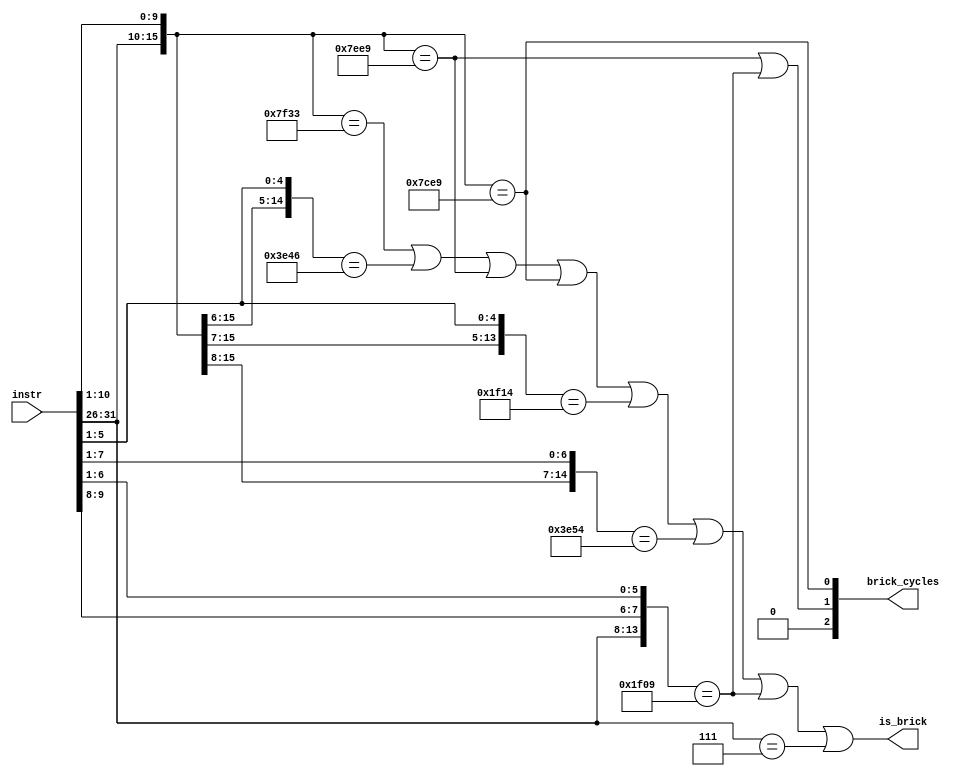
//  IBM Corp. 2020
// Licensed under the Apache License, Version 2.0 (the "License"), as modified by
// the terms below; you may not use the files in this repository except in
// compliance with the License as modified.
// You may obtain a copy of the License at http://www.apache.org/licenses/LICENSE-2.0
//
// Modified Terms:
//
//    1) For the purpose of the patent license granted to you in Section 3 of the
//    License, the "Work" hereby includes implementations of the work of authorship
//    in physical form.
//
//    2) Notwithstanding any terms to the contrary in the License, any licenses
//    necessary for implementation of the Work that are available from OpenPOWER
//    via the Power ISA End User License Agreement (EULA) are explicitly excluded
//    hereunder, and may be obtained from OpenPOWER under the terms and conditions
//    of the EULA.  
//
// Unless required by applicable law or agreed to in writing, the reference design
// distributed under the License is distributed on an "AS IS" BASIS, WITHOUT
// WARRANTIES OR CONDITIONS OF ANY KIND, either express or implied. See the License
// for the specific language governing permissions and limitations under the License.
// 
// Additional rights, including the ability to physically implement a softcore that
// is compliant with the required sections of the Power ISA Specification, are
// available at no cost under the terms of the OpenPOWER Power ISA EULA, which can be
// obtained (along with the Power ISA) here: https://openpowerfoundation.org. 

`timescale 1 ns / 1 ns

// VHDL 1076 Macro Expander C version 07/11/00
// job was run on Tue Mar 29 10:19:33 2011

//***************************************************************************************************
//*
//* TITLE:
//*
//* NAME: rv_decode.vhdl
//*
//***************************************************************************************************
module rv_decode(
   instr,
   is_brick,
   brick_cycles
);
   input [0:31] instr;

   output       is_brick;
   output [0:2] brick_cycles;
   //@@  Signal Declarations
   wire [1:8]   RV_INSTRUCTION_DECODER_PT;
   wire [0:5]   instr_0_5;
   wire [0:10]  instr_21_31;
   (* analysis_not_referenced="true" *)
   wire 	unused;

   assign unused = |instr[6:20] | instr_21_31[10];

   //@@ START OF EXECUTABLE CODE FOR RTL

   assign instr_0_5 = instr[0:5];
   assign instr_21_31 = instr[21:31];

//table_start
//?TABLE rv_instruction_decoder LISTING(final) OPTIMIZE PARMS(ON-SET);
//*INPUTS*===============*OUTPUTS*==========*
//|                      |                  |
//| instr_0_5            | is_brick         |
//| |      instr_21_31   | | brick_cycles   |
//| |      |             | | |              |
//| |      |             | | |              |
//| |      |             | | |              |
//| |      |             | | |              |
//| |      |             | | |              |
//| |      |             | | |              |
//| |      |             | | |              |
//| |      |             | | |              |
//| |      |             | | |              |
//| |      |             | | |              |
//| |      |             | | |              |
//| |      |             | | |              |
//| |      |         1   | | |              |
//| 012345 01234567890   | | 012            |
//*TYPE*=================+==================+
//| SSSSSS SSSSSSSSSSS   | P PPP            | INSTR
//*TERMS*=*=*============+==================+
//| 000111 ...........   | 1 000            | mulli   2
//| 011111 0011101001.   | 1 001            | mulld   3
//| 011111 1011101001.   | 1 010            | mulldo  4
//| 011111 .001001001.   | 1 010            | mulhd   4
//| 011111 .000001001.   | 1 010            | mulhdu  4
//| 011111 1100110011.   | 1 000            | erativax 2
//| 011111 0011010100.   | 1 000            | ldawx
//| 011111 0010100110.   | 1 000            | dcbtls
//| 011111 0010000110.   | 1 000            | dcbtstls
//| 011111 0000110100.   | 1 000            | lbarx
//| 011111 0001010100.   | 1 000            | ldarx
//| 011111 0001110100.   | 1 000            | lharx
//| 011111 0000010100.   | 1 000            | lwarx
//*END*==================+==================+
//?TABLE END rv_instruction_decoder ;
//table_end


//assign_start

   assign RV_INSTRUCTION_DECODER_PT[1] = (({instr_0_5[0], instr_0_5[1], instr_0_5[2], instr_0_5[3], instr_0_5[4], instr_0_5[5], instr_21_31[0], instr_21_31[1], instr_21_31[2], instr_21_31[3], instr_21_31[4], instr_21_31[5], instr_21_31[6], instr_21_31[7], instr_21_31[8], instr_21_31[9]}) == 16'b0111111100110011);
   assign RV_INSTRUCTION_DECODER_PT[2] = (({instr_0_5[0], instr_0_5[1], instr_0_5[2], instr_0_5[3], instr_0_5[4], instr_0_5[5], instr_21_31[0], instr_21_31[1], instr_21_31[2], instr_21_31[3], instr_21_31[5], instr_21_31[6], instr_21_31[7], instr_21_31[8], instr_21_31[9]}) == 15'b011111001000110);
   assign RV_INSTRUCTION_DECODER_PT[3] = (({instr_0_5[0], instr_0_5[1], instr_0_5[2], instr_0_5[3], instr_0_5[4], instr_0_5[5], instr_21_31[0], instr_21_31[1], instr_21_31[2], instr_21_31[3], instr_21_31[4], instr_21_31[5], instr_21_31[6], instr_21_31[7], instr_21_31[8], instr_21_31[9]}) == 16'b0111111011101001);
   assign RV_INSTRUCTION_DECODER_PT[4] = (({instr_0_5[0], instr_0_5[1], instr_0_5[2], instr_0_5[3], instr_0_5[4], instr_0_5[5], instr_21_31[0], instr_21_31[1], instr_21_31[2], instr_21_31[3], instr_21_31[4], instr_21_31[5], instr_21_31[6], instr_21_31[7], instr_21_31[8], instr_21_31[9]}) == 16'b0111110011101001);
   assign RV_INSTRUCTION_DECODER_PT[5] = (({instr_0_5[0], instr_0_5[1], instr_0_5[2], instr_0_5[3], instr_0_5[4], instr_0_5[5], instr_21_31[0], instr_21_31[1], instr_21_31[2], instr_21_31[5], instr_21_31[6], instr_21_31[7], instr_21_31[8], instr_21_31[9]}) == 14'b01111100010100);
   assign RV_INSTRUCTION_DECODER_PT[6] = (({instr_0_5[0], instr_0_5[1], instr_0_5[2], instr_0_5[3], instr_0_5[4], instr_0_5[5], instr_21_31[0], instr_21_31[1], instr_21_31[3], instr_21_31[4], instr_21_31[5], instr_21_31[6], instr_21_31[7], instr_21_31[8], instr_21_31[9]}) == 15'b011111001010100);
   assign RV_INSTRUCTION_DECODER_PT[7] = (({instr_0_5[0], instr_0_5[1], instr_0_5[2], instr_0_5[3], instr_0_5[4], instr_0_5[5], instr_21_31[1], instr_21_31[2], instr_21_31[4], instr_21_31[5], instr_21_31[6], instr_21_31[7], instr_21_31[8], instr_21_31[9]}) == 14'b01111100001001);
   assign RV_INSTRUCTION_DECODER_PT[8] = (({instr_0_5[0], instr_0_5[1], instr_0_5[2], instr_0_5[3], instr_0_5[4], instr_0_5[5]}) == 6'b000111);
   // Table RV_INSTRUCTION_DECODER Signal Assignments for Outputs
   assign is_brick = (RV_INSTRUCTION_DECODER_PT[1] | RV_INSTRUCTION_DECODER_PT[2] | RV_INSTRUCTION_DECODER_PT[3] | RV_INSTRUCTION_DECODER_PT[4] | RV_INSTRUCTION_DECODER_PT[5] | RV_INSTRUCTION_DECODER_PT[6] | RV_INSTRUCTION_DECODER_PT[7] | RV_INSTRUCTION_DECODER_PT[8]);
   assign brick_cycles[0] = (1'b0);
   assign brick_cycles[1] = (RV_INSTRUCTION_DECODER_PT[3] | RV_INSTRUCTION_DECODER_PT[7]);
   assign brick_cycles[2] = (RV_INSTRUCTION_DECODER_PT[4]);

//assign_end

endmodule